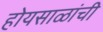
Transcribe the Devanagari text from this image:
होयसाळांची